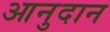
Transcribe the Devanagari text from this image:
आनुदान